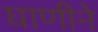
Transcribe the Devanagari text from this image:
घाणीने